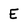
Character: E